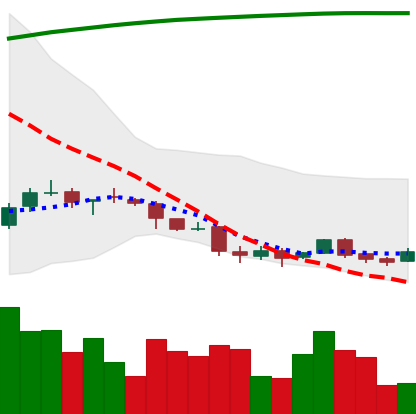
Ticker: DOGE-USD
Chart end date: 2018-04-07
Forward return: 35.546%
Label: up_7plus